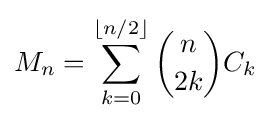
M_{n}=\sum _{k=0}^{\lfloor n/2\rfloor }{\binom {n}{2k}}C_{k}